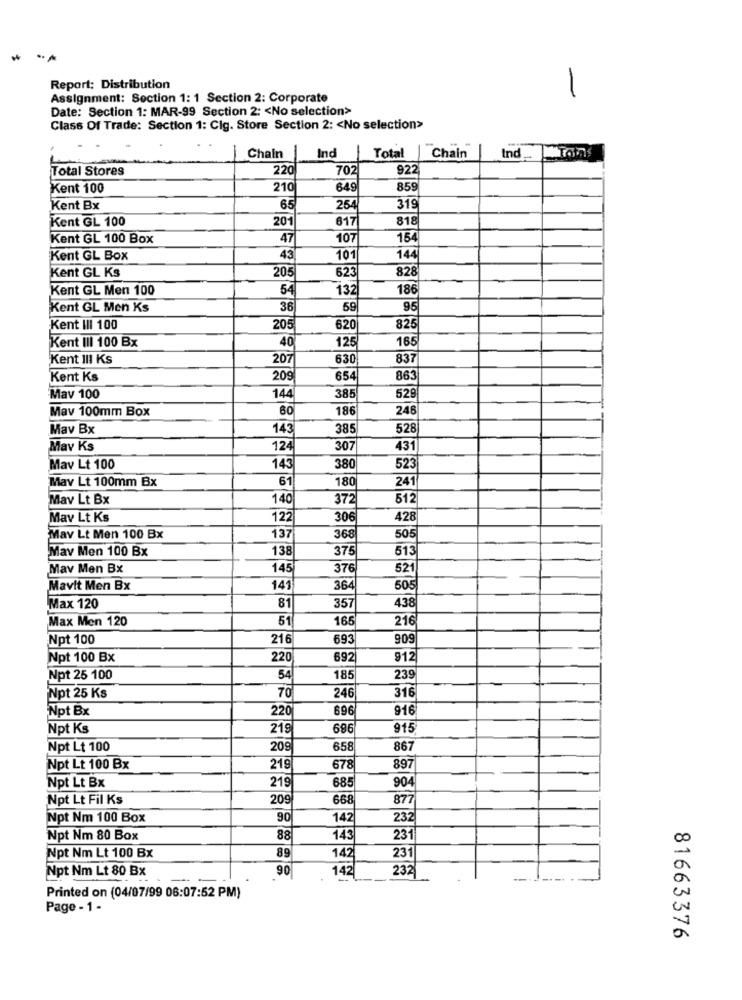
Report: Distribution
-
Assignment: Section 1: 1 Section 2: Corporate
Date: Section 1: MAR-99 Section 2: < No selection>
Class Of Trade: Section 1: Cig. Store Section 2: < No selection>
Ind
Chain
Ind
Total | Chain
-
Total Stores
220
707
922
Kent 100
210
649
859
Kent Bx
65
254
319
Kent GL 100
201
617
818
Kent GL 100 Box
47
107
154
Kent GL Box
43
101
144
Kent GL Ks
205
623
828
Kent GL Men 100
132
186
Kent GL Men Ks
36
59
95
Kent III 100
205
620
825
Kent III 100 Bx
40
125
165
Kent III Ks
207
630
837
Kent Ks
209
654
863
Mav 100
144
385
529
Mav 100mm Box
60
186
246
Mav Bx
143
385
528
Mav Ks
124
307
431
Mav Lt 100
143
380
523
Mav Lt 100mm Bx
61
180
241
Mav Lt Bx
140
372
512
Mav Lt Ks
12
306
428
Mav Lt Men 100 Bx
137
368
505
Mav Men 100 Bx
138
375
513
Mav Men Bx
145
376
521
Mavit Men Bx
141
364
505
Max 120
81
357
438
Max Men 120
51
165
216
Npt 100
216
693
909
Npt 100 Bx
220
692
912
Npt 25 100
54
185
239
70
246
316
Npt 25 Ks
Npt Bx
220
696
916
Npt Ks
219
696
915
Npt Lt 100
209
658
867
Npt Lt 100 Bx
219
678
897
Npt Lt Bx
685
219
90
Npt Lt Fil Ks
209
668
877
Npt Nm 100 Box
90
142
232
Npt Nm 80 Box
88
143
231
Npt Nm Lt 100 Bx
89
142
231
Npt Nm Lt 80 Bx
90
142
232
-.
Printed on (04/07/99 06:07:52 PM)
Page - 1 -
81663376